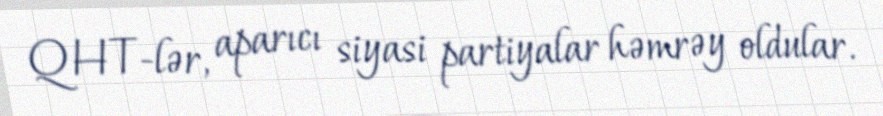
QHT-lər, aparıcı siyasi partiyalar həmrəy oldular.